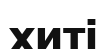
хиті